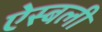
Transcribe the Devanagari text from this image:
ऐस्बली